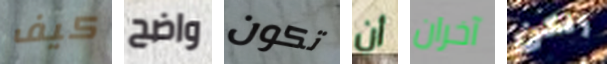
كيف واضح تكون أن آخران ولكن